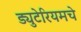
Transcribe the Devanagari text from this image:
ड्युटेरियमचे